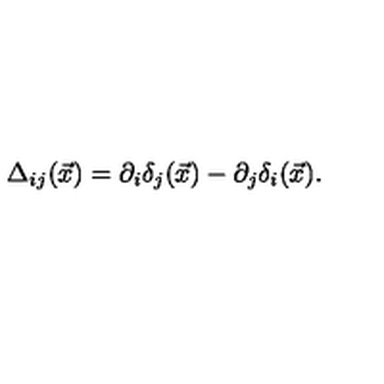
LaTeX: \Delta _ { i j } ( \vec { x } ) = \partial _ { i } \delta _ { j } ( \vec { x } ) - \partial _ { j } \delta _ { i } ( \vec { x } ) .